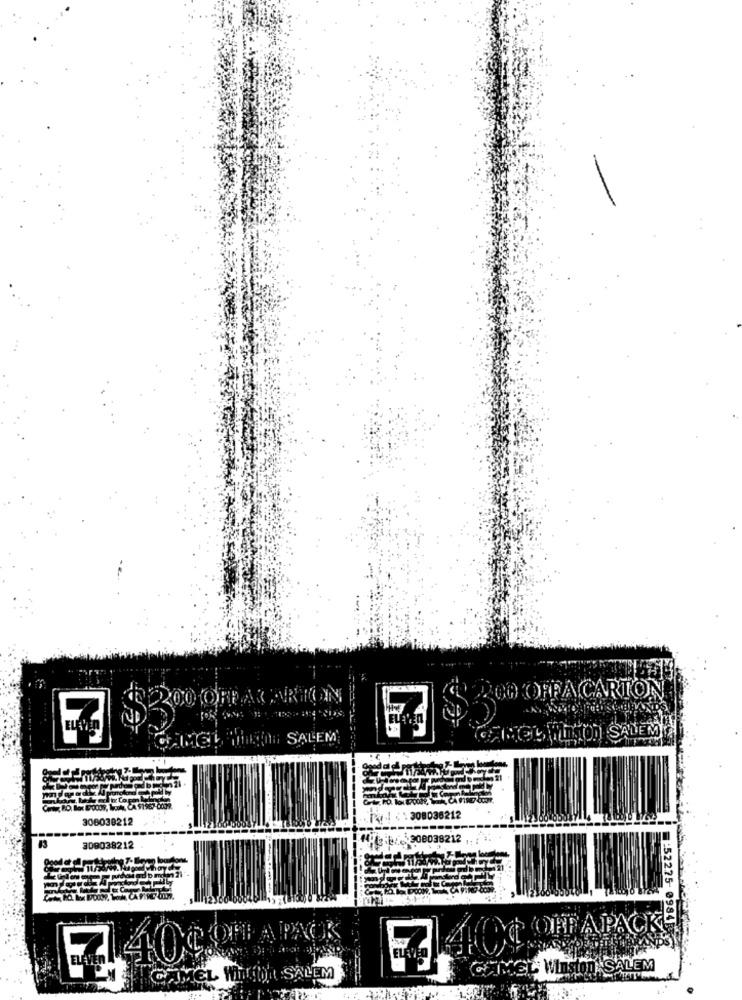
TORE ACARTOON
POO OFFA CARTON
SALEM
306038212
308038212
309038212
E52275- 098
HOG OFF APACKE
CHINEL WISton, SALEM
GAMMEL MILLION SALEM